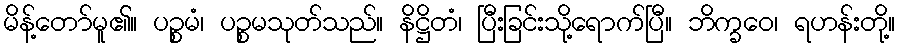
မိန့်တော်မူ၏။ ပဉ္စမံ၊ ပဉ္စမသုတ်သည်။ နိဋ္ဌိတံ၊ ပြီးခြင်းသို့ရောက်ပြီ။ ဘိက္ခဝေ၊ ရဟန်းတို့။